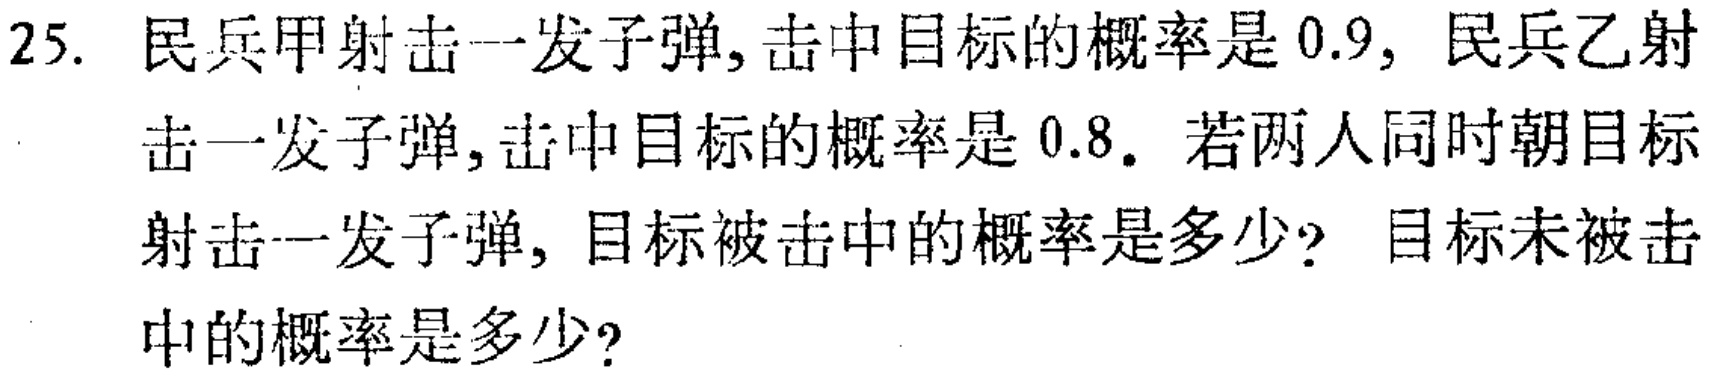
25. 民兵甲射击一发子弹,击中目标的概率是 \(0.9\), 民兵乙射击一发子弹,击中目标的概率是 \(0.8\). 若两人同时朝目标射击一发子弹, 目标被击中的概率是多少? 目标未被击中的概率是多少?